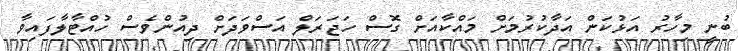
ބުނީ މިހާރު އަޅުކަން އަދާކުރުމަށް މައްކާއަށް ގޮސް ހަޖަރަލް އަސްވަދަށް ދިއުންވެސް ހުއްޓާލާފައިވާ